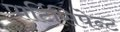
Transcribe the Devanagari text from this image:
पार्टिसिपेन्ट